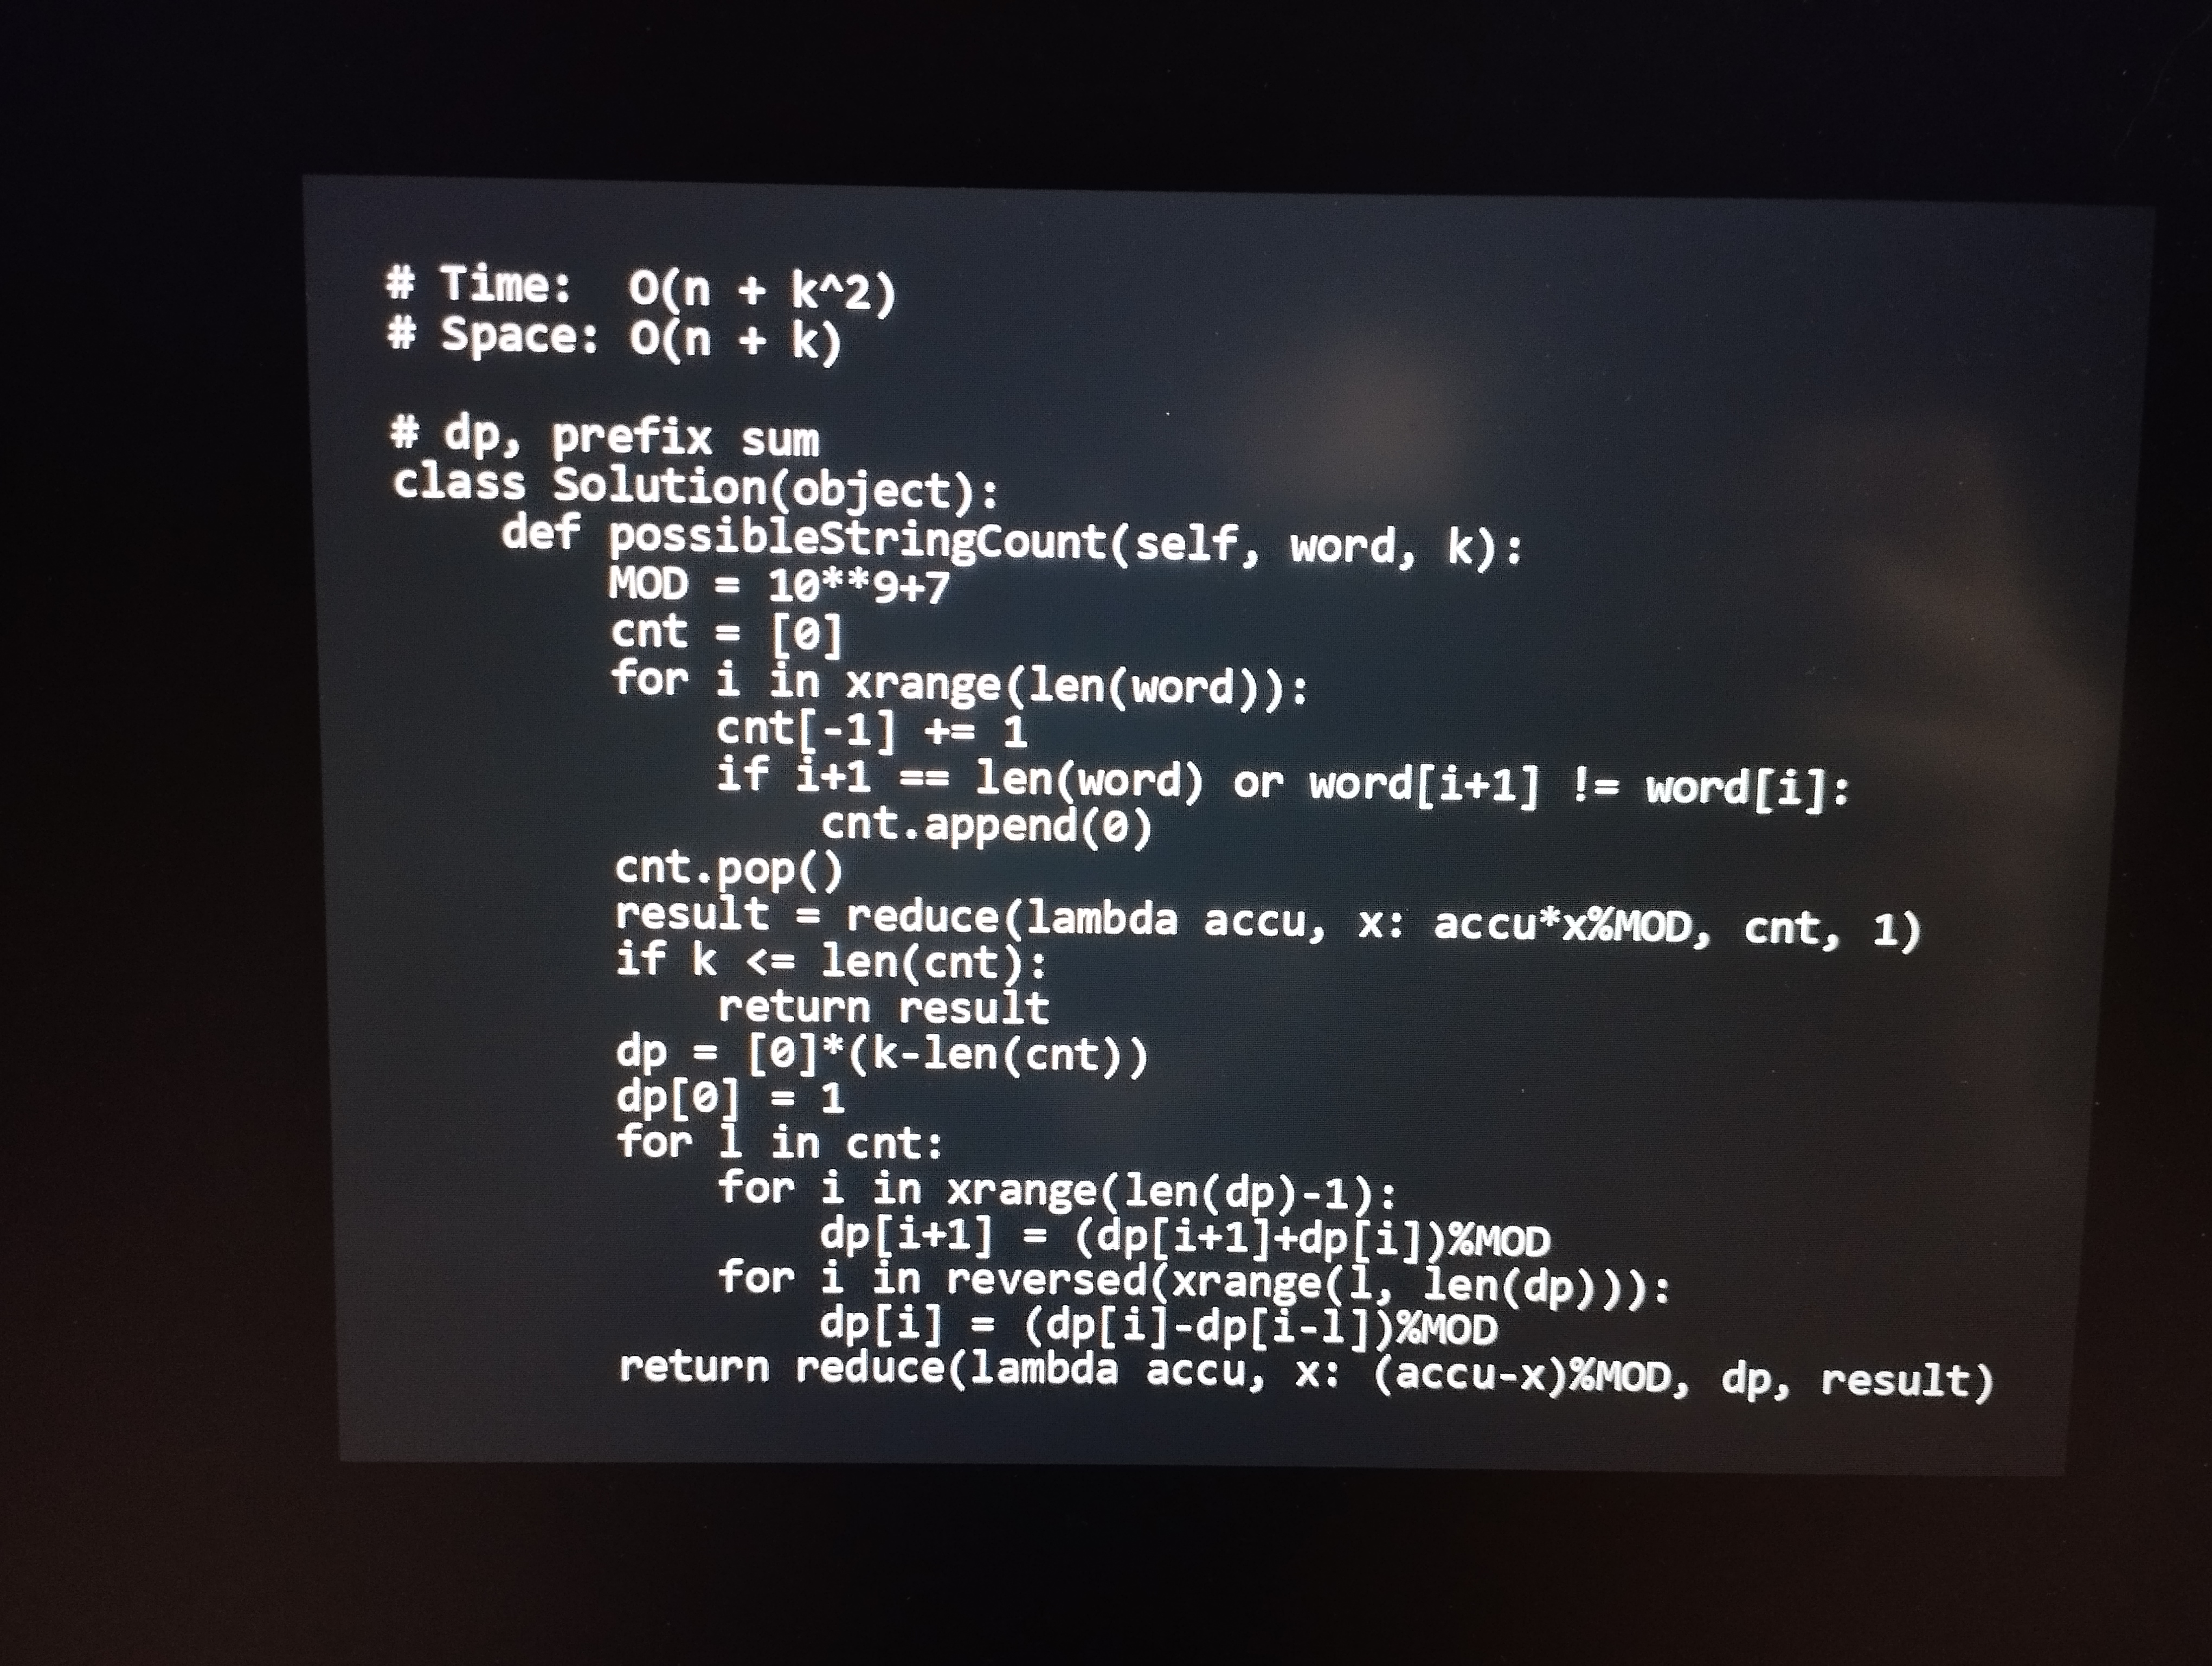
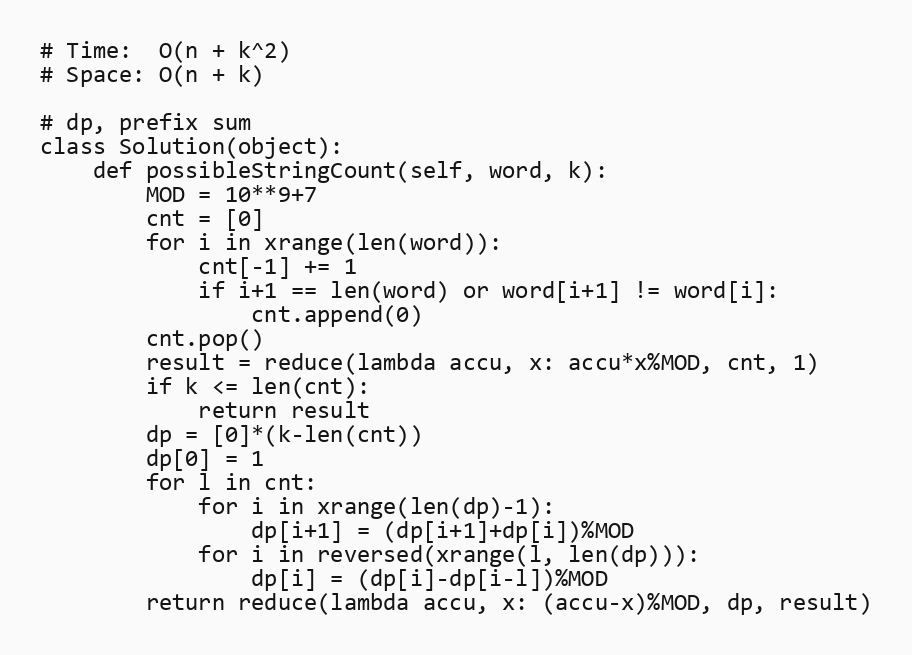
# Time:  O(n + k^2)
# Space: O(n + k)

# dp, prefix sum
class Solution(object):
    def possibleStringCount(self, word, k):
        MOD = 10**9+7
        cnt = [0]
        for i in xrange(len(word)):
            cnt[-1] += 1
            if i+1 == len(word) or word[i+1] != word[i]:
                cnt.append(0)
        cnt.pop()
        result = reduce(lambda accu, x: accu*x%MOD, cnt, 1)
        if k <= len(cnt):
            return result
        dp = [0]*(k-len(cnt))
        dp[0] = 1
        for l in cnt:
            for i in xrange(len(dp)-1):
                dp[i+1] = (dp[i+1]+dp[i])%MOD
            for i in reversed(xrange(l, len(dp))):
                dp[i] = (dp[i]-dp[i-l])%MOD
        return reduce(lambda accu, x: (accu-x)%MOD, dp, result)